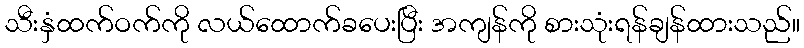
သီးနှံထက်ဝက်ကို လယ်ထောက်ခပေးပြီး အကျန်ကို စားသုံးရန်ချန်ထားသည်။